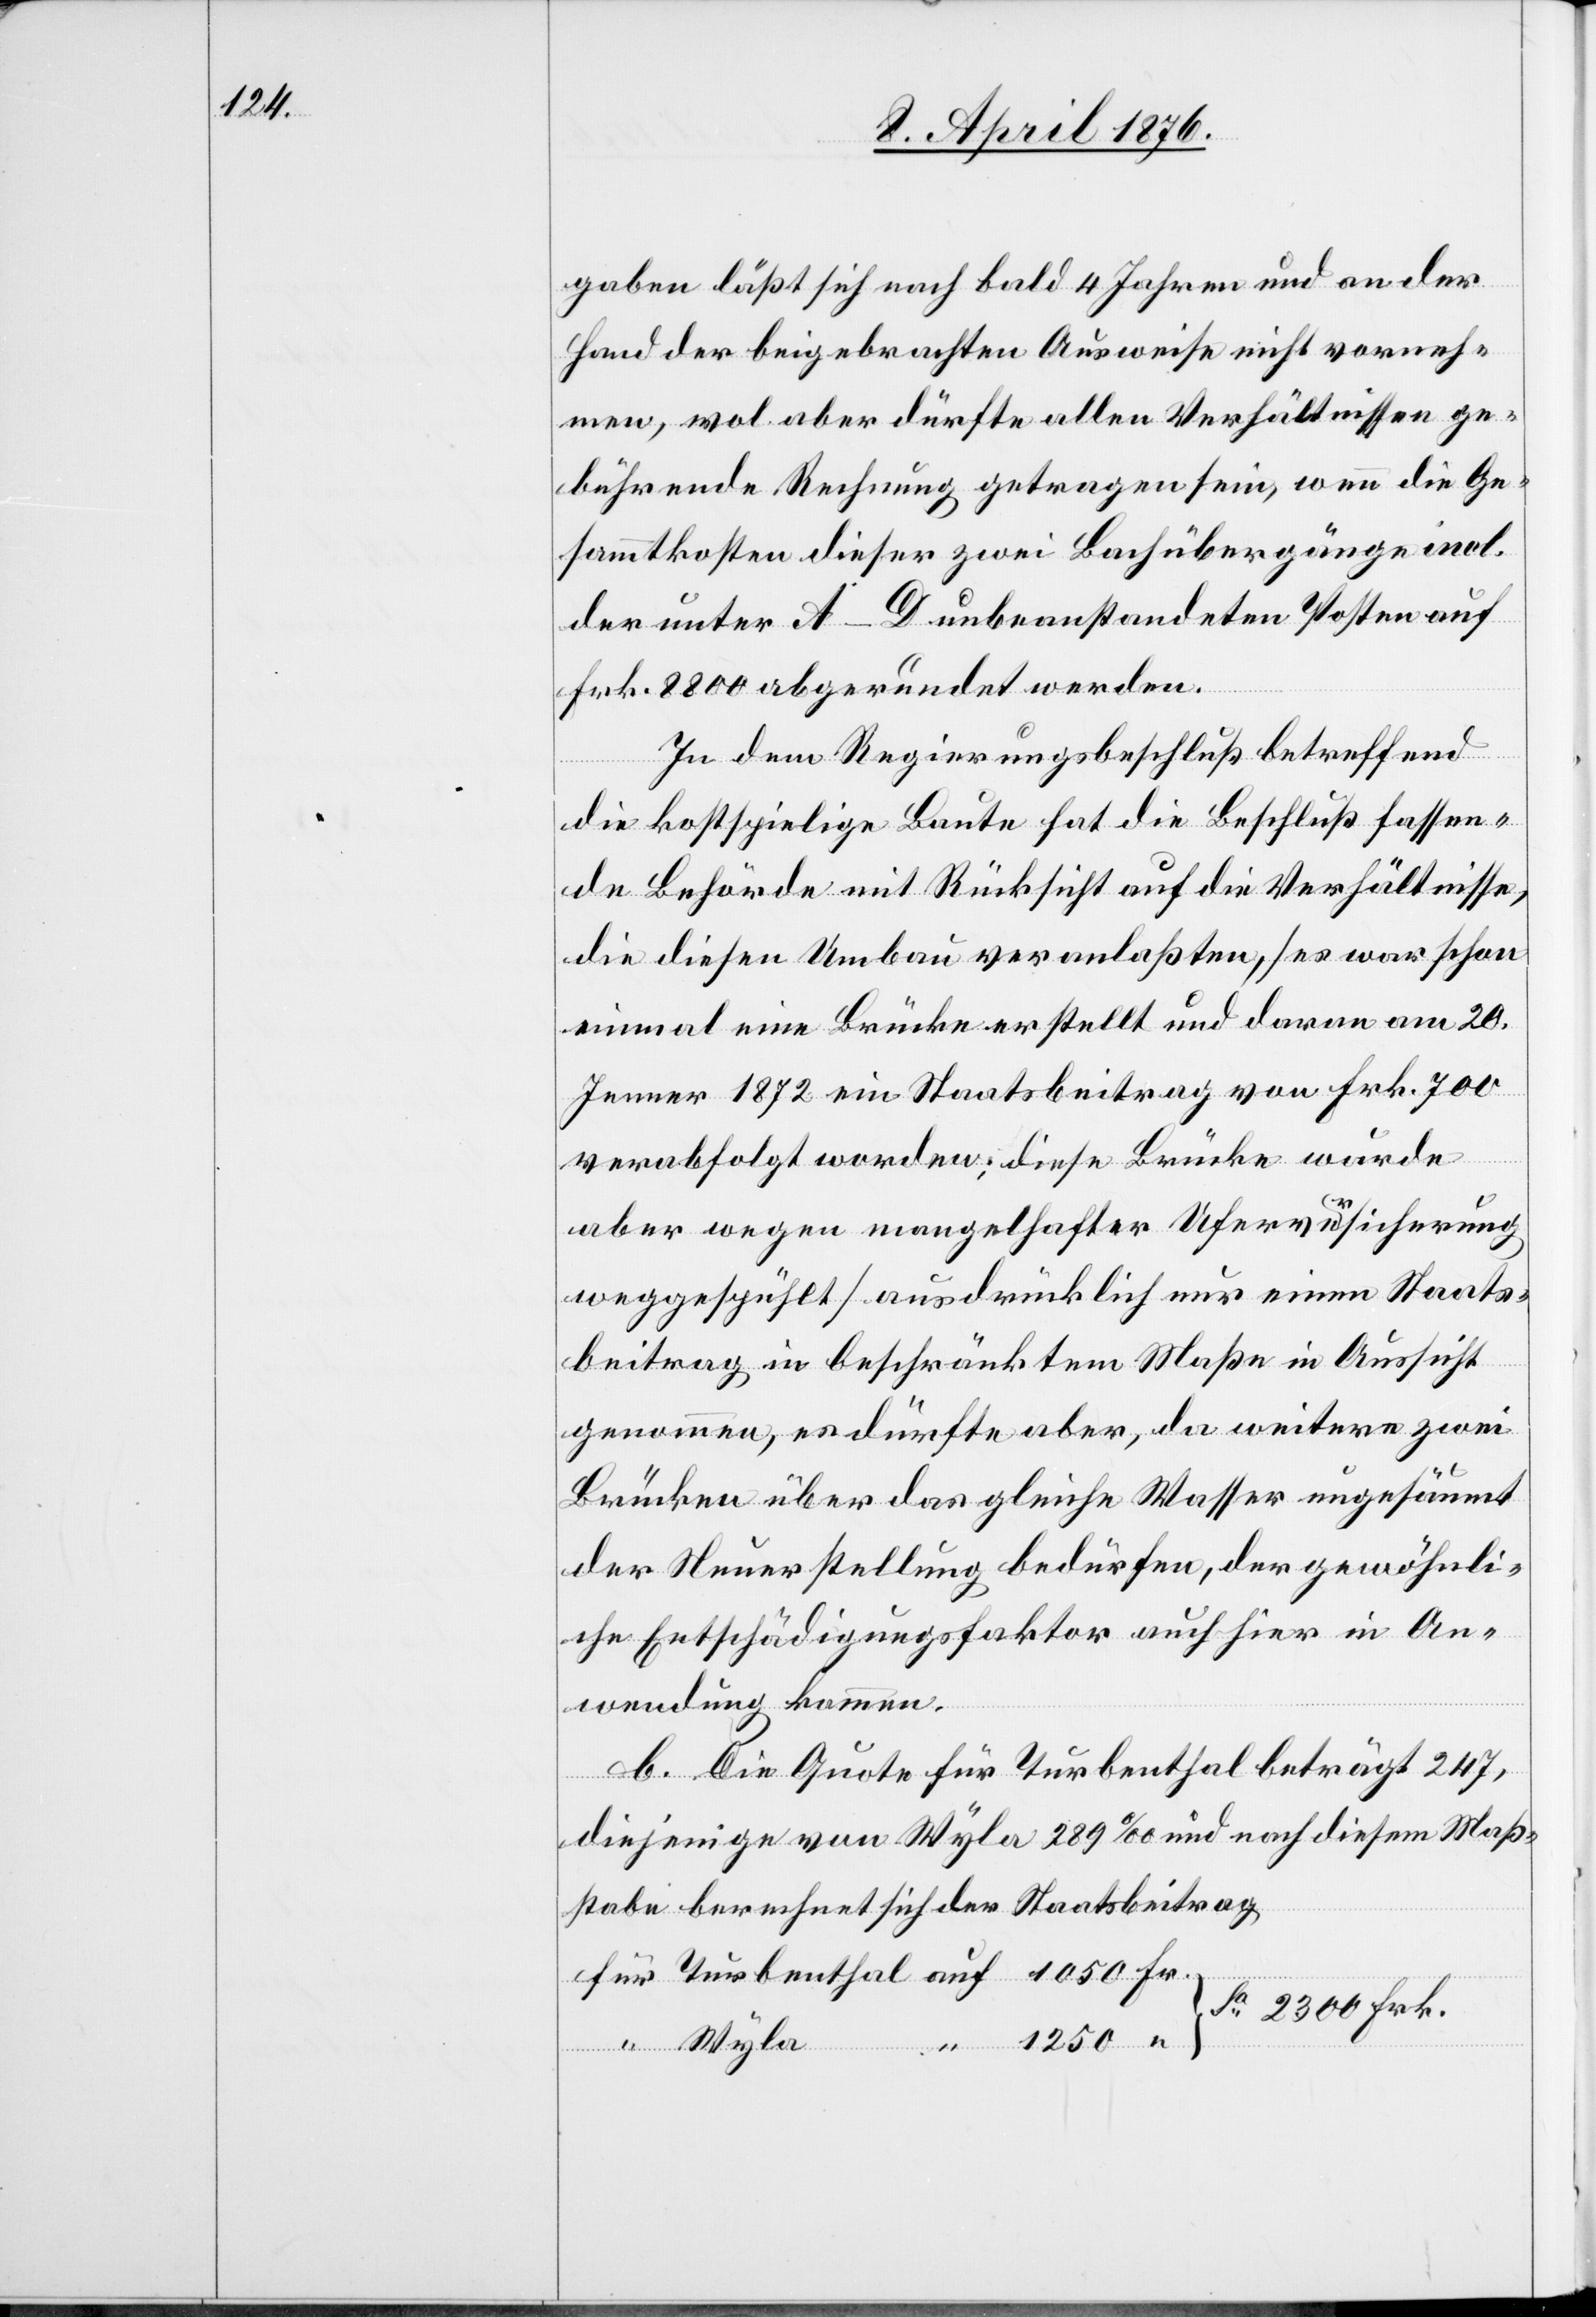
gaben läßt sich nach bald 4 Jahren und an der
Hand der beigebrachten Ausweise nicht vorneh¬
men, wol aber dürfte allen Verhältnissen ge¬
bührende Rechnung getragen sein, wenn die Ge¬
sammtkosten dieser zwei Bachübergänge und
der unter A–D unbeanstandeten Posten auf
Frk. 8800 abgeändert werden.
In dem Regierungsbeschluß betreffend
die kostspielige Baute hat die Beschluß fassen¬
de Behörde mit Rücksicht auf die Verhältnisse,
die diesen Umbau veranlaßten, [es war schon
einmal eine Brücke erstellt und daran am 20.
Jenner 1872 ein Staatsbeitrag von Frk. 700
verabfolgt worden; diese Brücke wurde
aber wegen mangelhafter Uferversicherung
weggespühlt] ausdrücklich nur einen Staats¬
beitrag in beschränktem Maße in Aussicht
genommen, es dürfte aber, da weitere zwei
Brücken weit über das gleiche Wasser ungesäumt
der Neuerstellung bedürfen, der gewöhnli¬
che Entschädigungsfaktor auch hier in An¬
wendung kommen.
B. Die Quote für Turbenthal beträgt 247,
diejenige von Wyla 289 ‰ und nach diesem Maß¬
stabe berechnet sich der Staatsbeitrag
Sa 2300 Frk.